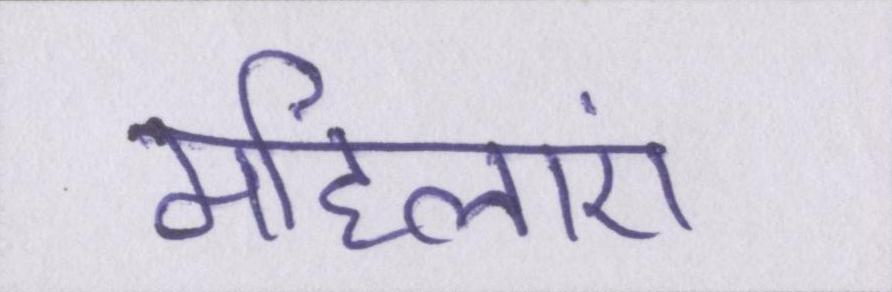
महिलाएं